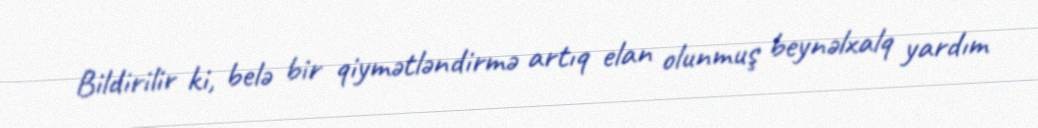
Bildirilir ki, belə bir qiymətləndirmə artıq elan olunmuş beynəlxalq yardım